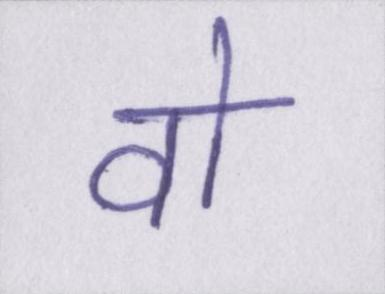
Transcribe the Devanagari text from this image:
वो